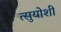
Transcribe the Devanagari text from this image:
त्सुयोशी